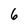
Character: 6